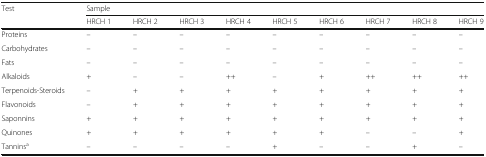
| <ROWSPAN=2> Test | <COLSPAN=9> Sample |
 | HRCH 1 | HRCH 2 | HRCH 3 | HRCH 4 | HRCH 5 | HRCH 6 | HRCH 7 | HRCH 8 | HRCH 9 |
 | --- | --- | --- | --- | --- | --- | --- | --- | --- | --- |
 | Proteins | – | – | – | – | – | – | – | – | – |
 | Carbohydrates | – | – | – | – | – | – | – | – | – |
 | Fats | – | – | – | – | – | – | – | – | – |
 | Alkaloids | + | – | – | ++ | – | + | ++ | ++ | ++ |
 | Terpenoids-Steroids | – | + | + | + | + | + | + | + | + |
 | Flavonoids | – | + | + | + | + | + | + | + | + |
 | Saponnins | + | + | + | + | + | + | + | + | + |
 | Quinones | + | + | + | + | + | + | – | – | + |
 | Tanninsa | – | – | – | – | + | – | – | + | – |